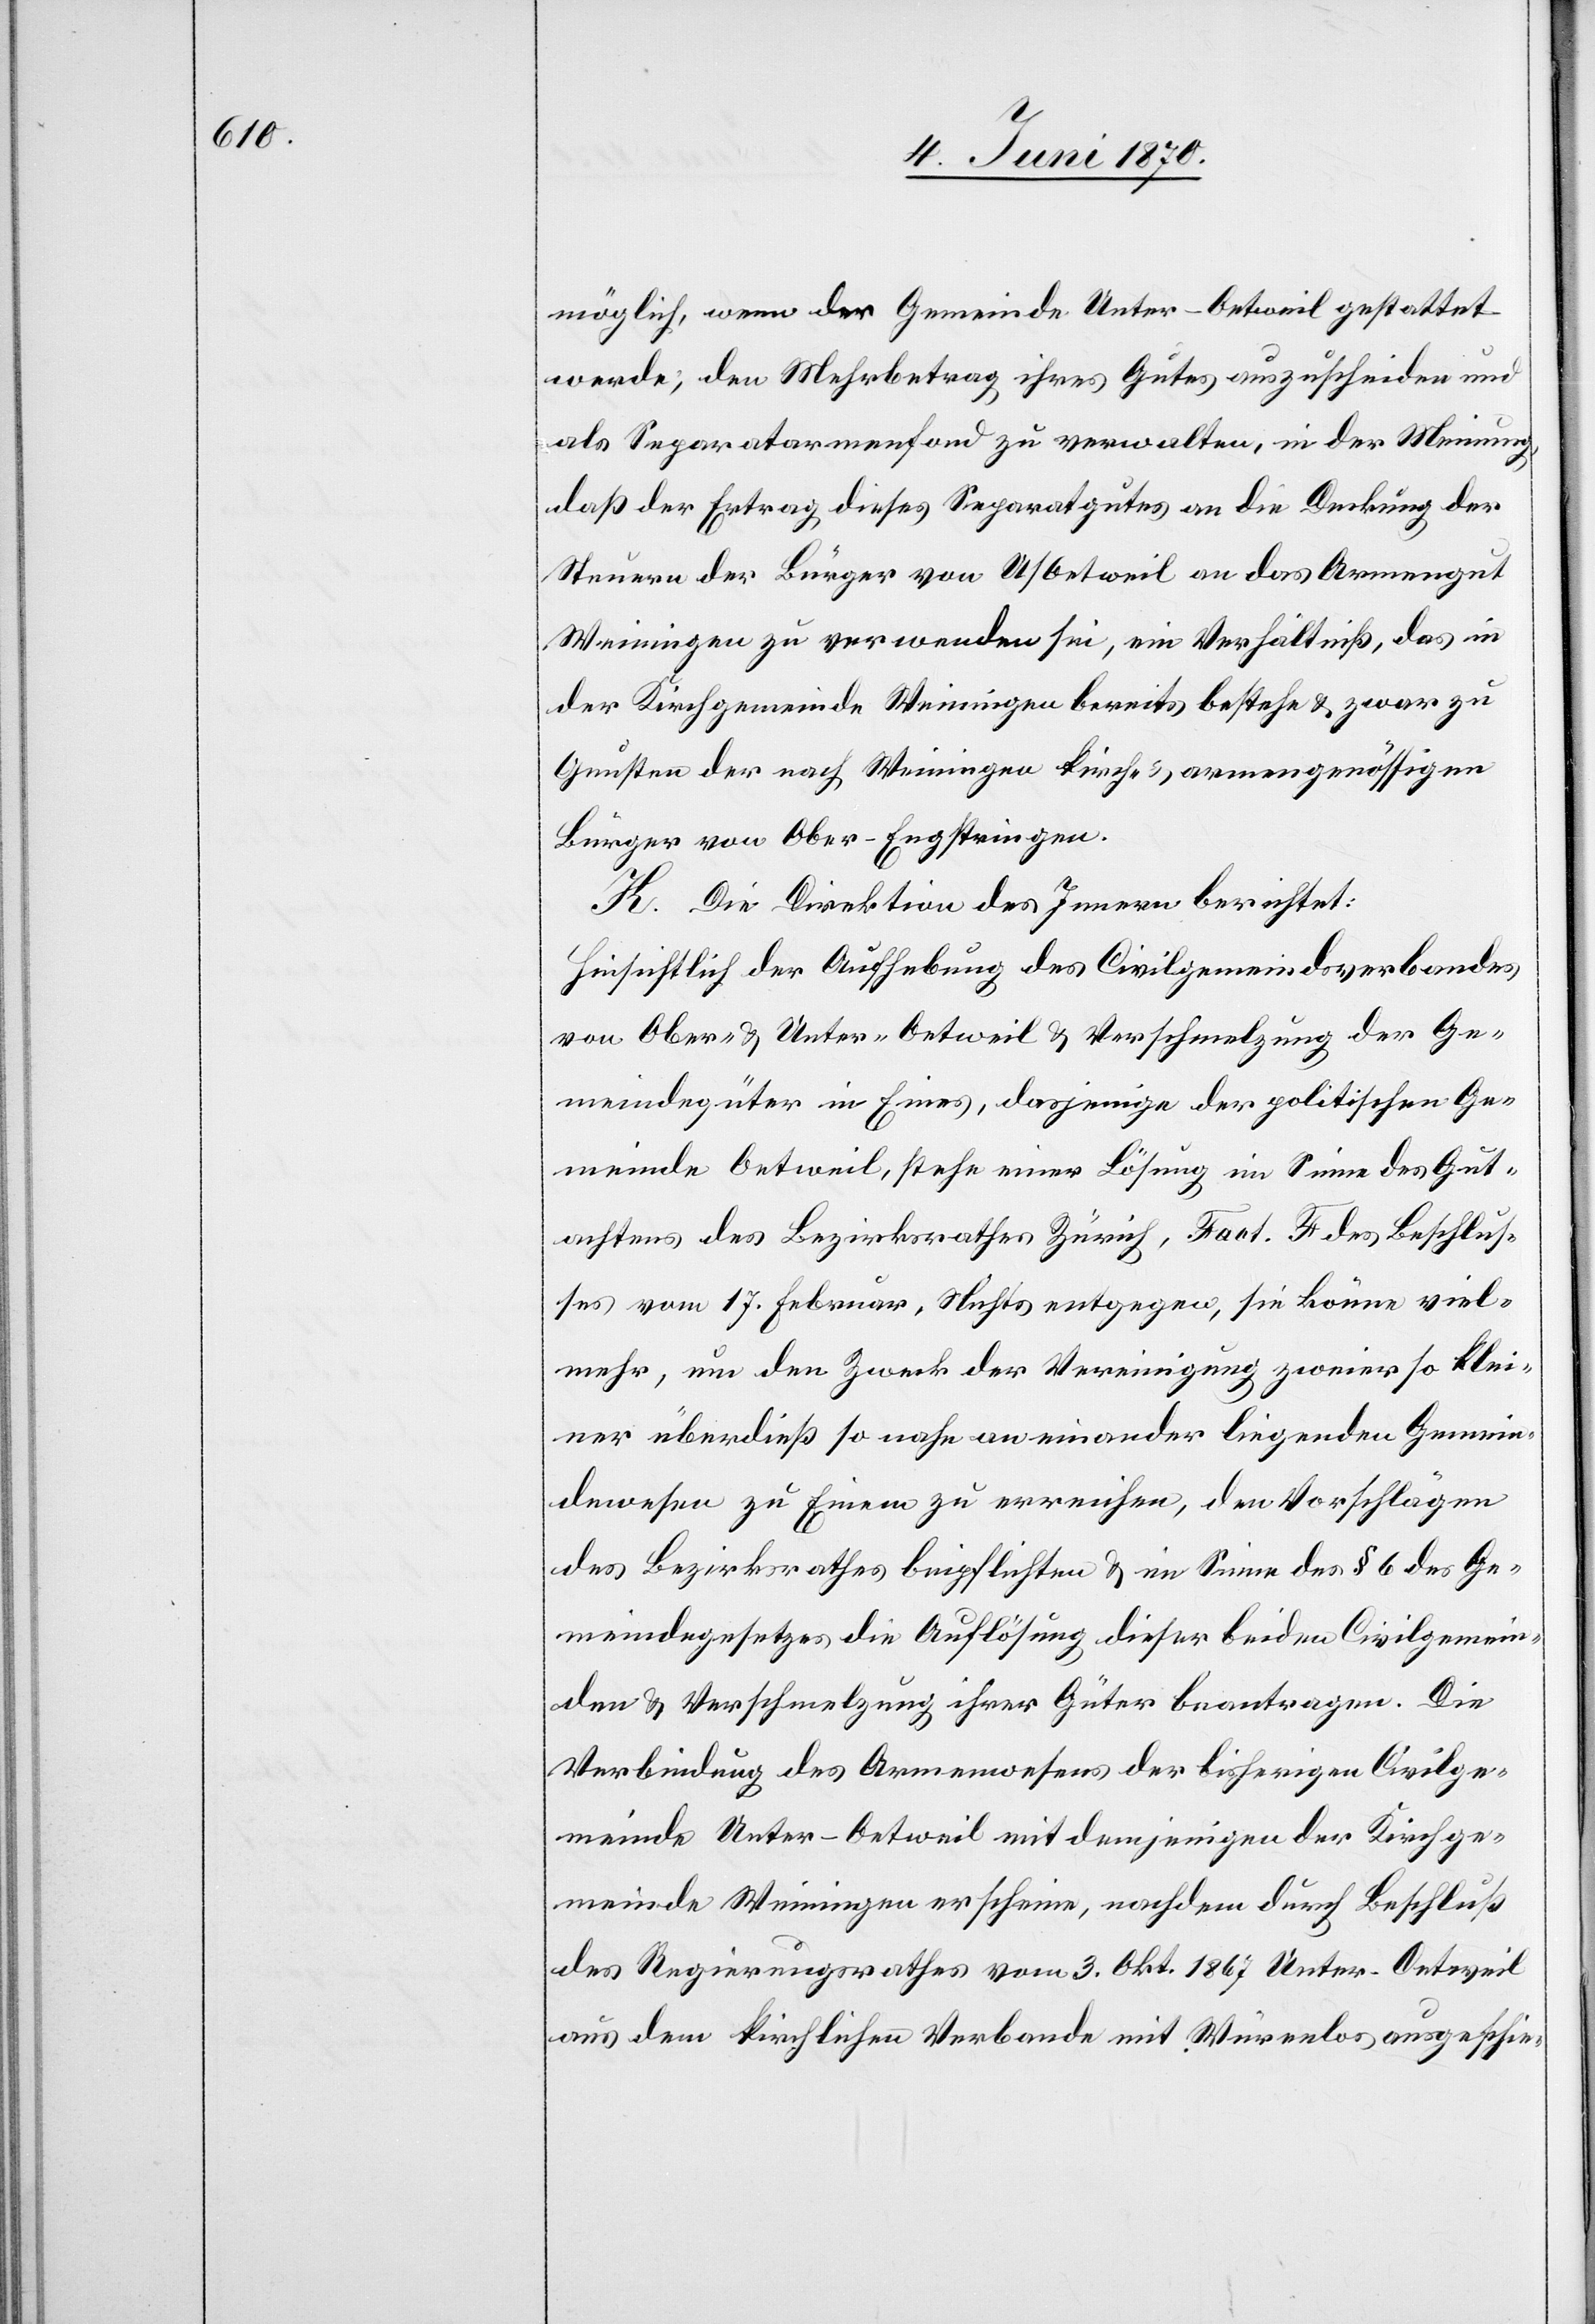
möglich, wenn der Gemeinde Unter-Oetweil gestattet
werde, den Mehrbetrag ihres Gutes auszuscheiden und
als Separatarmenfond zu verwalten, in der Meinung,
daß der Ertrag dieses Separatgutes an die Deckung der
Steuern der Bürger von U/Oetweil an das Armengut
Weiningen zu verwenden sei, ein Verhältniß, das in
der Kirchgemeinde Weiningen bereits bestehe & zwar zu
Gunsten der nach Weiningen kirch- & armengenössigen
Bürger von Ober-Engstringen.
K. Die Direktion des Innern berichtet:
Hinsichtlich der Aufhebung des Civilgemeindsverbandes
von Ober- & Unter-Oetweil & Verschmelzung der Ge¬
meindegüter in Eines, dasjenige der politischen Ge¬
meinde Oetweil, stehe einer Lösung im Sinne des Gut¬
achtens des Bezirksrathes Zürich, Fact. F des Beschlus¬
ses vom 17. Februar, Nichts [sic!] entgegen, sie könne viel¬
mehr, um den Zweck der Vereinigung zweier so klei¬
ner[,] überdieß so nahe aneinander liegenden Gemein¬
dewesen zu Einem zu erreichen, den Vorschlägen
des Bezirksrathes beipflichten & im Sinne des § 6 des Ge¬
meindegesetzes die Auflösung dieser beiden Civilgemein¬
den & Verschmelzung ihrer Güter beantragen. Die
Verbindung des Armenwesens der bisherigen Civilge¬
meinde Unter-Oetweil mit demjenigen der Kirchge¬
meinde Weiningen erscheine, nachdem durch Beschluß
des Regierungsrathes vom 3. Okt. 1867 Unter-Oetweil
aus dem kirchlichen Verbande mit Würenlose ausgeschie-